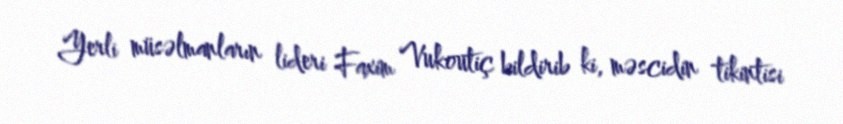
Yerli müsəlmanların lideri Faxim Vukoutiç bildirib ki, məscidin tikintisi